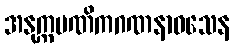
အနုက္ကမဏိကဂဏနာဝသေန